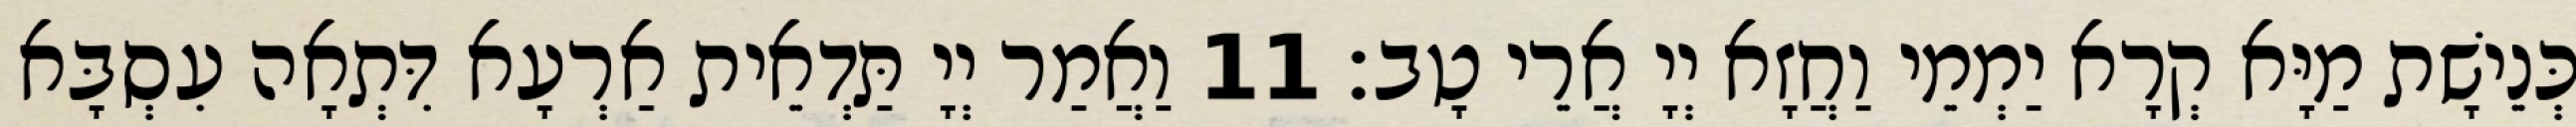
כְּנֵישָׁת מַיָּא קְרָא יַמְמֵי וַחֲזָא יְיָ אֲרֵי טָב׃ 11 וַאֲמַר יְיָ תַּדְאֵית אַרְעָא דִּתְאָה עִסְבָּא